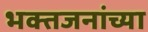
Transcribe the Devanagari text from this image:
भक्तजनांच्या